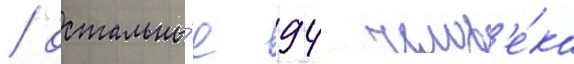
/ остальны́е 94 челов'е́ка